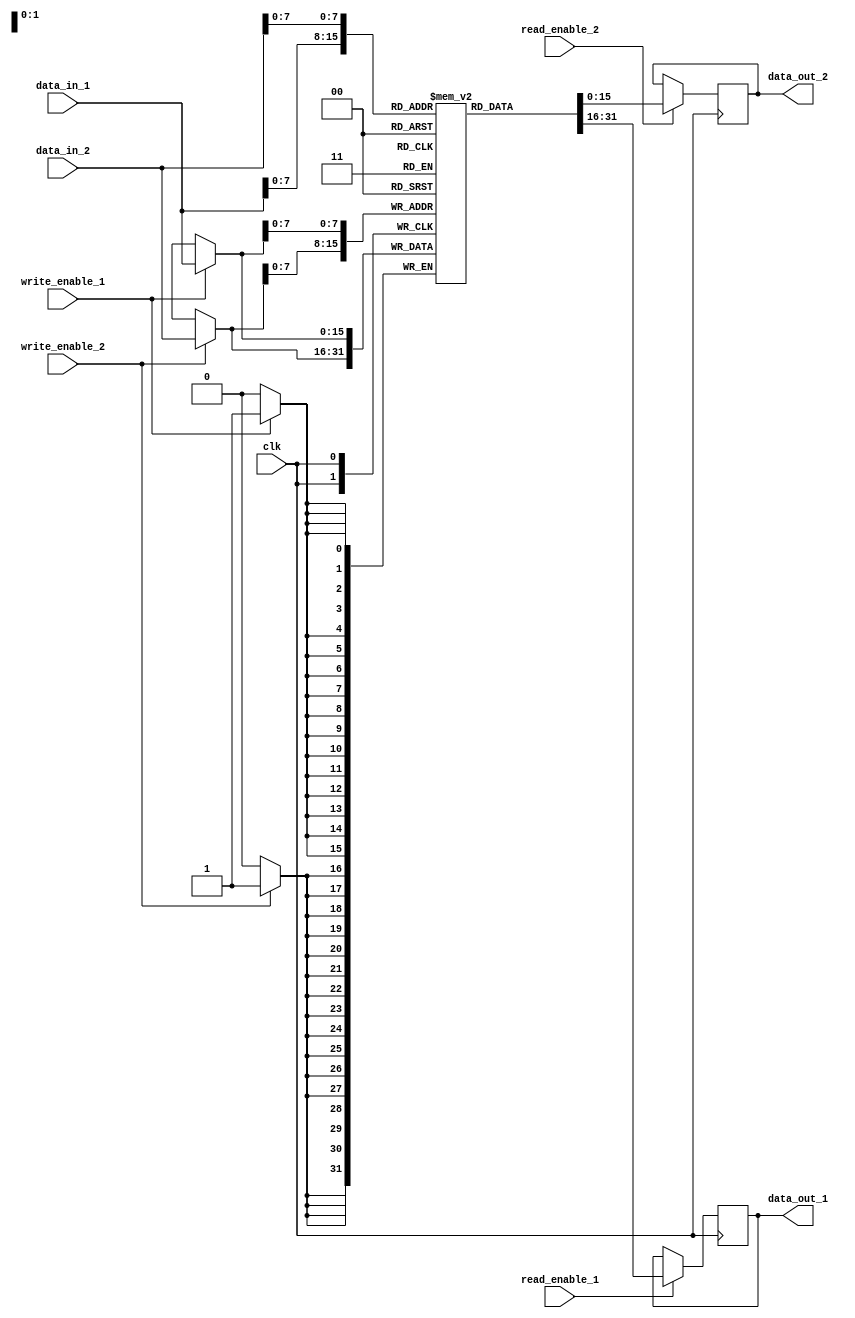
module dual_port_RAM(
    input wire clk,
    input wire [15:0] data_in_1,
    input wire [15:0] data_in_2,
    input wire write_enable_1,
    input wire write_enable_2,
    input wire read_enable_1,
    input wire read_enable_2,
    output reg [15:0] data_out_1,
    output reg [15:0] data_out_2
);

reg [15:0] ram [0:255]; // dual-port RAM with 256 words

always @ (posedge clk) begin
    if(write_enable_1) begin
        ram[data_in_1] <= data_in_1;
    end
    if(write_enable_2) begin
        ram[data_in_2] <= data_in_2;
    end
    if(read_enable_1) begin
        data_out_1 <= ram[data_in_1];
    end
    if(read_enable_2) begin
        data_out_2 <= ram[data_in_2];
    end
end

endmodule